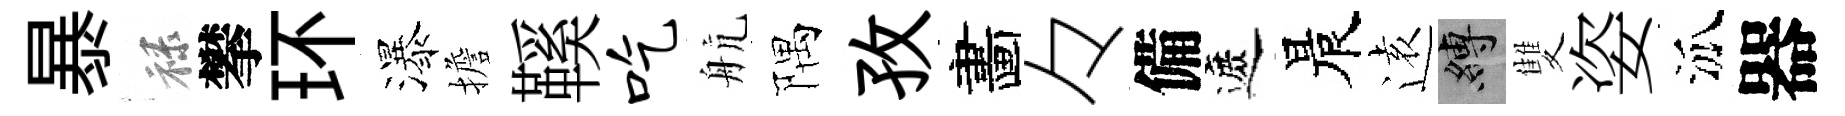
暴禄攀环瀑擔鞵吃航隅孜畵々備遮晨逺縛雙姿泒器